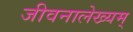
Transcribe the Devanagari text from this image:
जीवनालेख्यम्